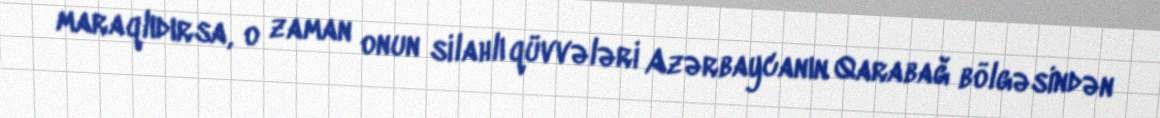
maraqlıdırsa, o zaman onun silahlı qüvvələri Azərbaycanın Qarabağ bölgəsindən